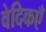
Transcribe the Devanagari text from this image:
वेदिकएँ